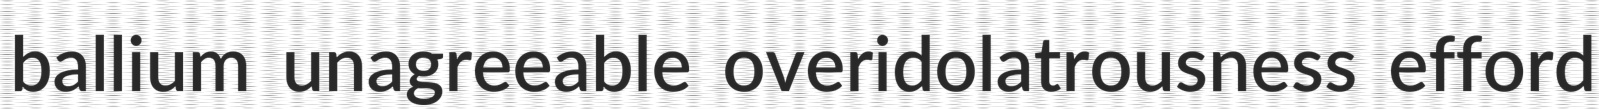
ballium unagreeable overidolatrousness efford